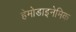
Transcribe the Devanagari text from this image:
हेमोडाइनेमिक